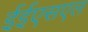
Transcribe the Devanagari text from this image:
ईईएसएल